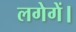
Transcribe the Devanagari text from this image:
लगेगें।